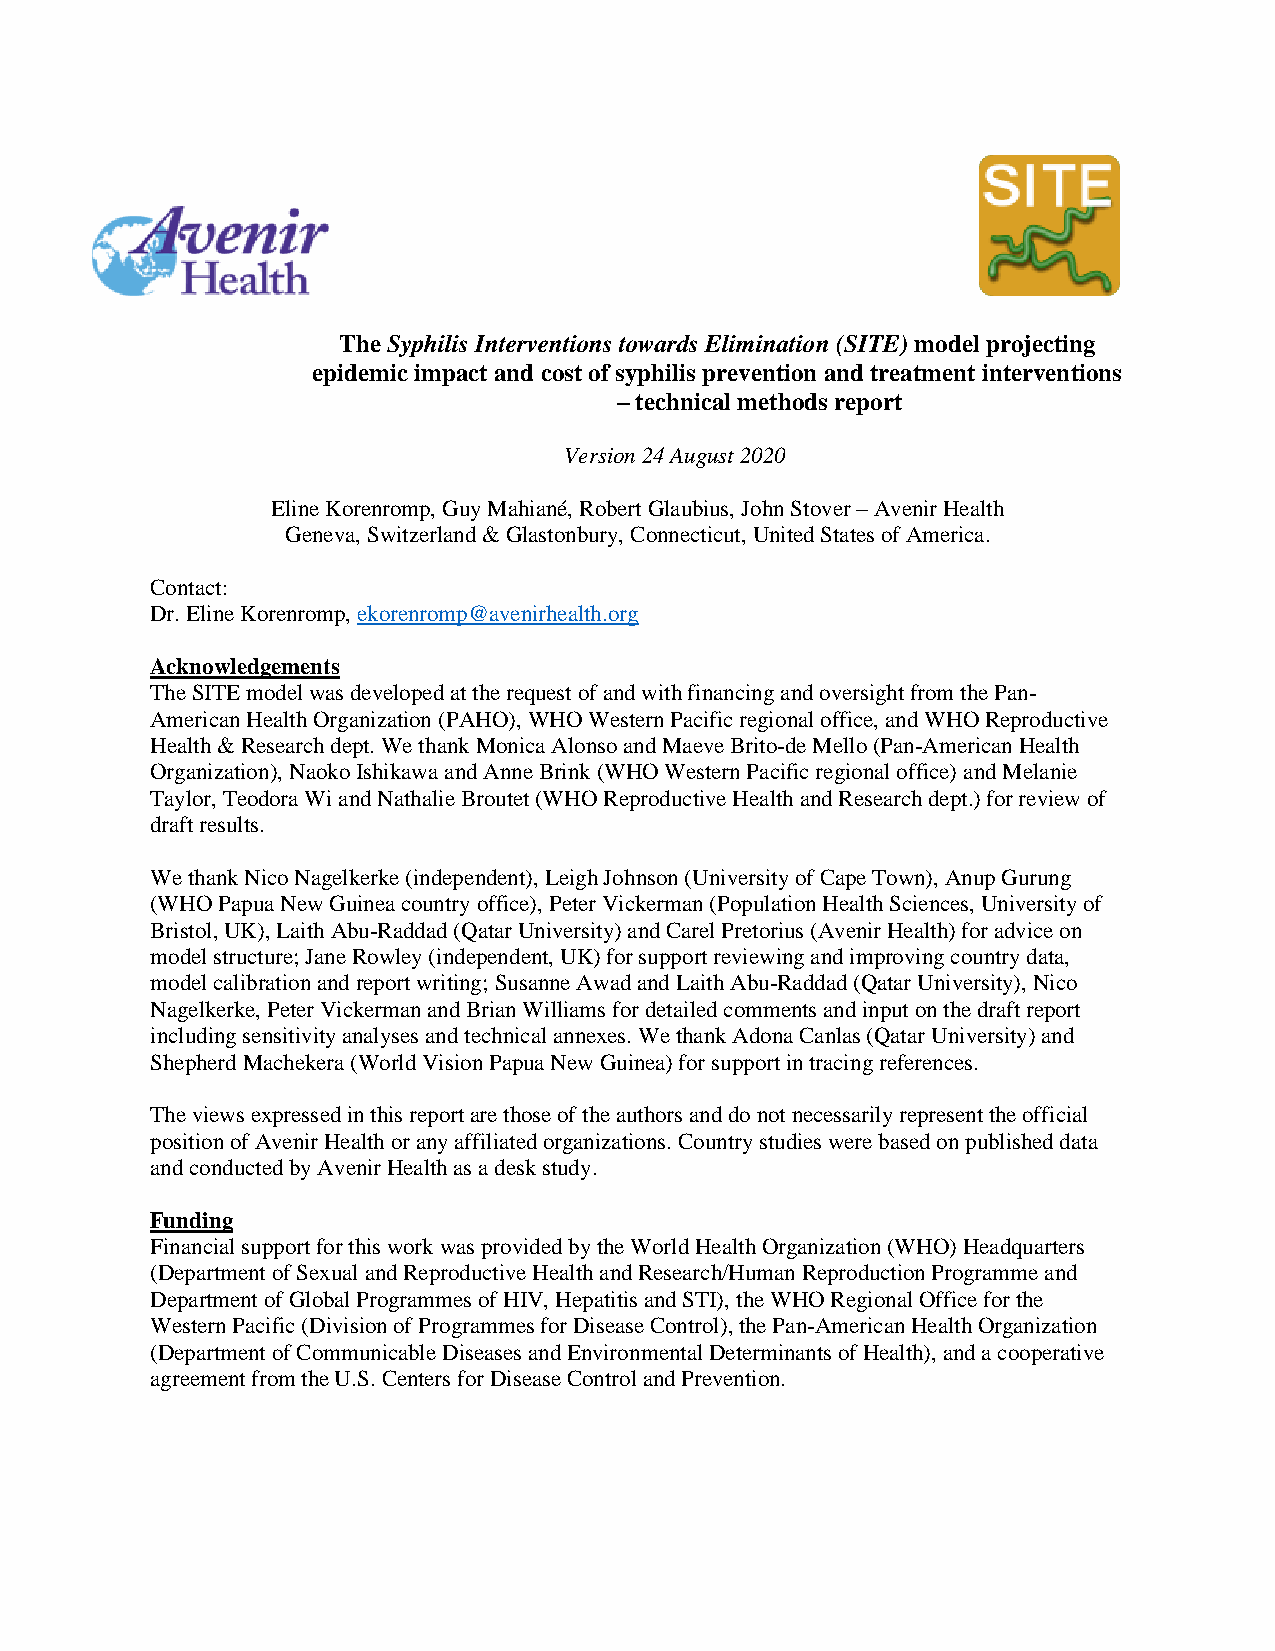
The Syphilis Interventions towards Elimination (SITE) model projecting
 epidemic impact and cost of syphilis prevention and treatment interventions
 – technical methods report
 Version 24 August 2020
 Eline Korenromp, Guy Mahiané, Robert Glaubius, John Stover – Avenir Health
 Geneva, Switzerland & Glastonbury, Connecticut, United States of America.
 Contact:
 Dr. Eline Korenromp, ekorenromp@avenirhealth.org
 Acknowledgements
 The SITE model was developed at the request of and with financing and oversight from the Pan-
 American Health Organization (PAHO), WHO Western Pacific regional office, and WHO Reproductive
 Health & Research dept. We thank Monica Alonso and Maeve Brito-de Mello (Pan-American Health
 Organization), Naoko Ishikawa and Anne Brink (WHO Western Pacific regional office) and Melanie
 Taylor, Teodora Wi and Nathalie Broutet (WHO Reproductive Health and Research dept.) for review of
 draft results.
 We thank Nico Nagelkerke (independent), Leigh Johnson (University of Cape Town), Anup Gurung
 (WHO Papua New Guinea country office), Peter Vickerman (Population Health Sciences, University of
 Bristol, UK), Laith Abu-Raddad (Qatar University) and Carel Pretorius (Avenir Health) for advice on
 model structure; Jane Rowley (independent, UK) for support reviewing and improving country data,
 model calibration and report writing; Susanne Awad and Laith Abu-Raddad (Qatar University), Nico
 Nagelkerke, Peter Vickerman and Brian Williams for detailed comments and input on the draft report
 including sensitivity analyses and technical annexes. We thank Adona Canlas (Qatar University) and
 Shepherd Machekera (World Vision Papua New Guinea) for support in tracing references.
 The views expressed in this report are those of the authors and do not necessarily represent the official
 position of Avenir Health or any affiliated organizations. Country studies were based on published data
 and conducted by Avenir Health as a desk study.
 Funding
 Financial support for this work was provided by the World Health Organization (WHO) Headquarters
 (Department of Sexual and Reproductive Health and Research/Human Reproduction Programme and
 Department of Global Programmes of HIV, Hepatitis and STI), the WHO Regional Office for the
 Western Pacific (Division of Programmes for Disease Control), the Pan-American Health Organization
 (Department of Communicable Diseases and Environmental Determinants of Health), and a cooperative
 agreement from the U.S. Centers for Disease Control and Prevention.